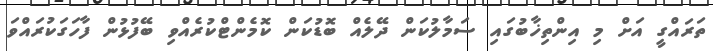
ތަރައްގީ އަށް މި އިންތިޚާބުގައި ސަމާލުކަން ދޭލެއް ބޮޑުކަން ކޮމެންޓްކުރެއްވި ބޭފުޅުން ފާހަގަކުރައްވަ